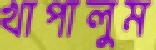
খাপালুম